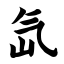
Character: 氙